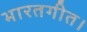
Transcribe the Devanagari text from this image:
भारतगीत।